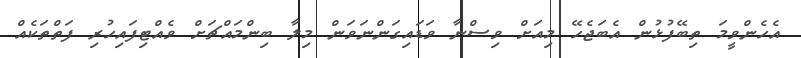
އެހެންވީމަ ތިބޭފުޅުން އެބަޖެހޭ މިއަށް ވިސްނާ ވަޑައިގަންނަވަން މިލާ ބިންމައްޗަށް ވެއްޓިފައިހުރި ފަތްތަކެއް